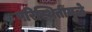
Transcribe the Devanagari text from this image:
परिस्थितींमुळे